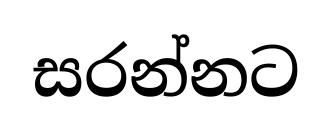
සරන්නට